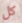
كل